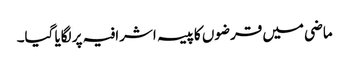
ماضی میں قرضوں کاپیسہ اشرافیہ پر لگایا گیا۔